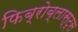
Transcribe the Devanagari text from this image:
फिब्रोब्लास्ट्स